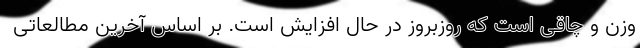
وزن و چاقی است که روزبروز در حال افزایش است. بر اساس آخرین مطالعاتی